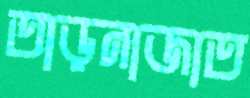
তাড়নাজাত